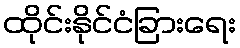
ထိုင်းနိုင်ငံခြားရေး